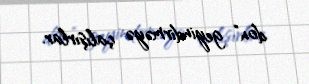
don” geyindirməyə çalışırlar.